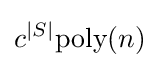
c^{|S|}{\text{poly}}(n)